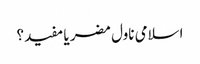
اسلامی ناول مضر یا مفید؟